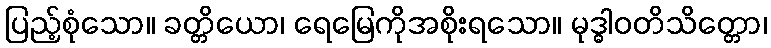
ပြည့်စုံသော။ ခတ္တိယော၊ ရေမြေကိုအစိုးရသော။ မုဒ္ဓါဝတိသိတ္တော၊